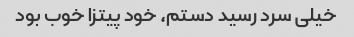
خیلی سرد رسید دستم، خود پیتزا خوب بود